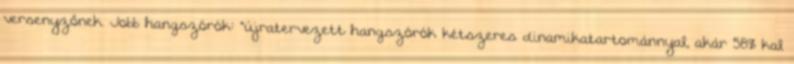
versenyzőnek. Jobb hangszórók: "újratervezett hangszórók kétszeres dinamikatartománnyal, akár 58%‑kal